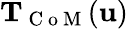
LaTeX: \mathbf{T}_{\mathrm{~C~o~M~}}(\mathbf{u})